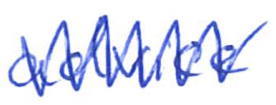
Text: advice
Cross-out: zig-zag
Writing tool: ballpoint